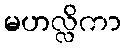
မဟလ္လိကာ